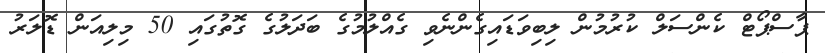
ޕާސްޕޯޓް ކެންސަލް ކުރުމުން ލިބިވަޑައިގެންނެވި ގެއްލުމުގެ ބަދަލުގެ ގޮތުގައި 50 މިލިއަން ޑޮލަރު